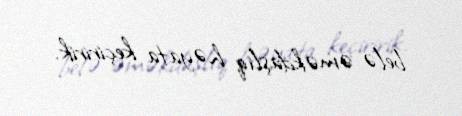
belə əməkdaşlıq həyata keçiririk.